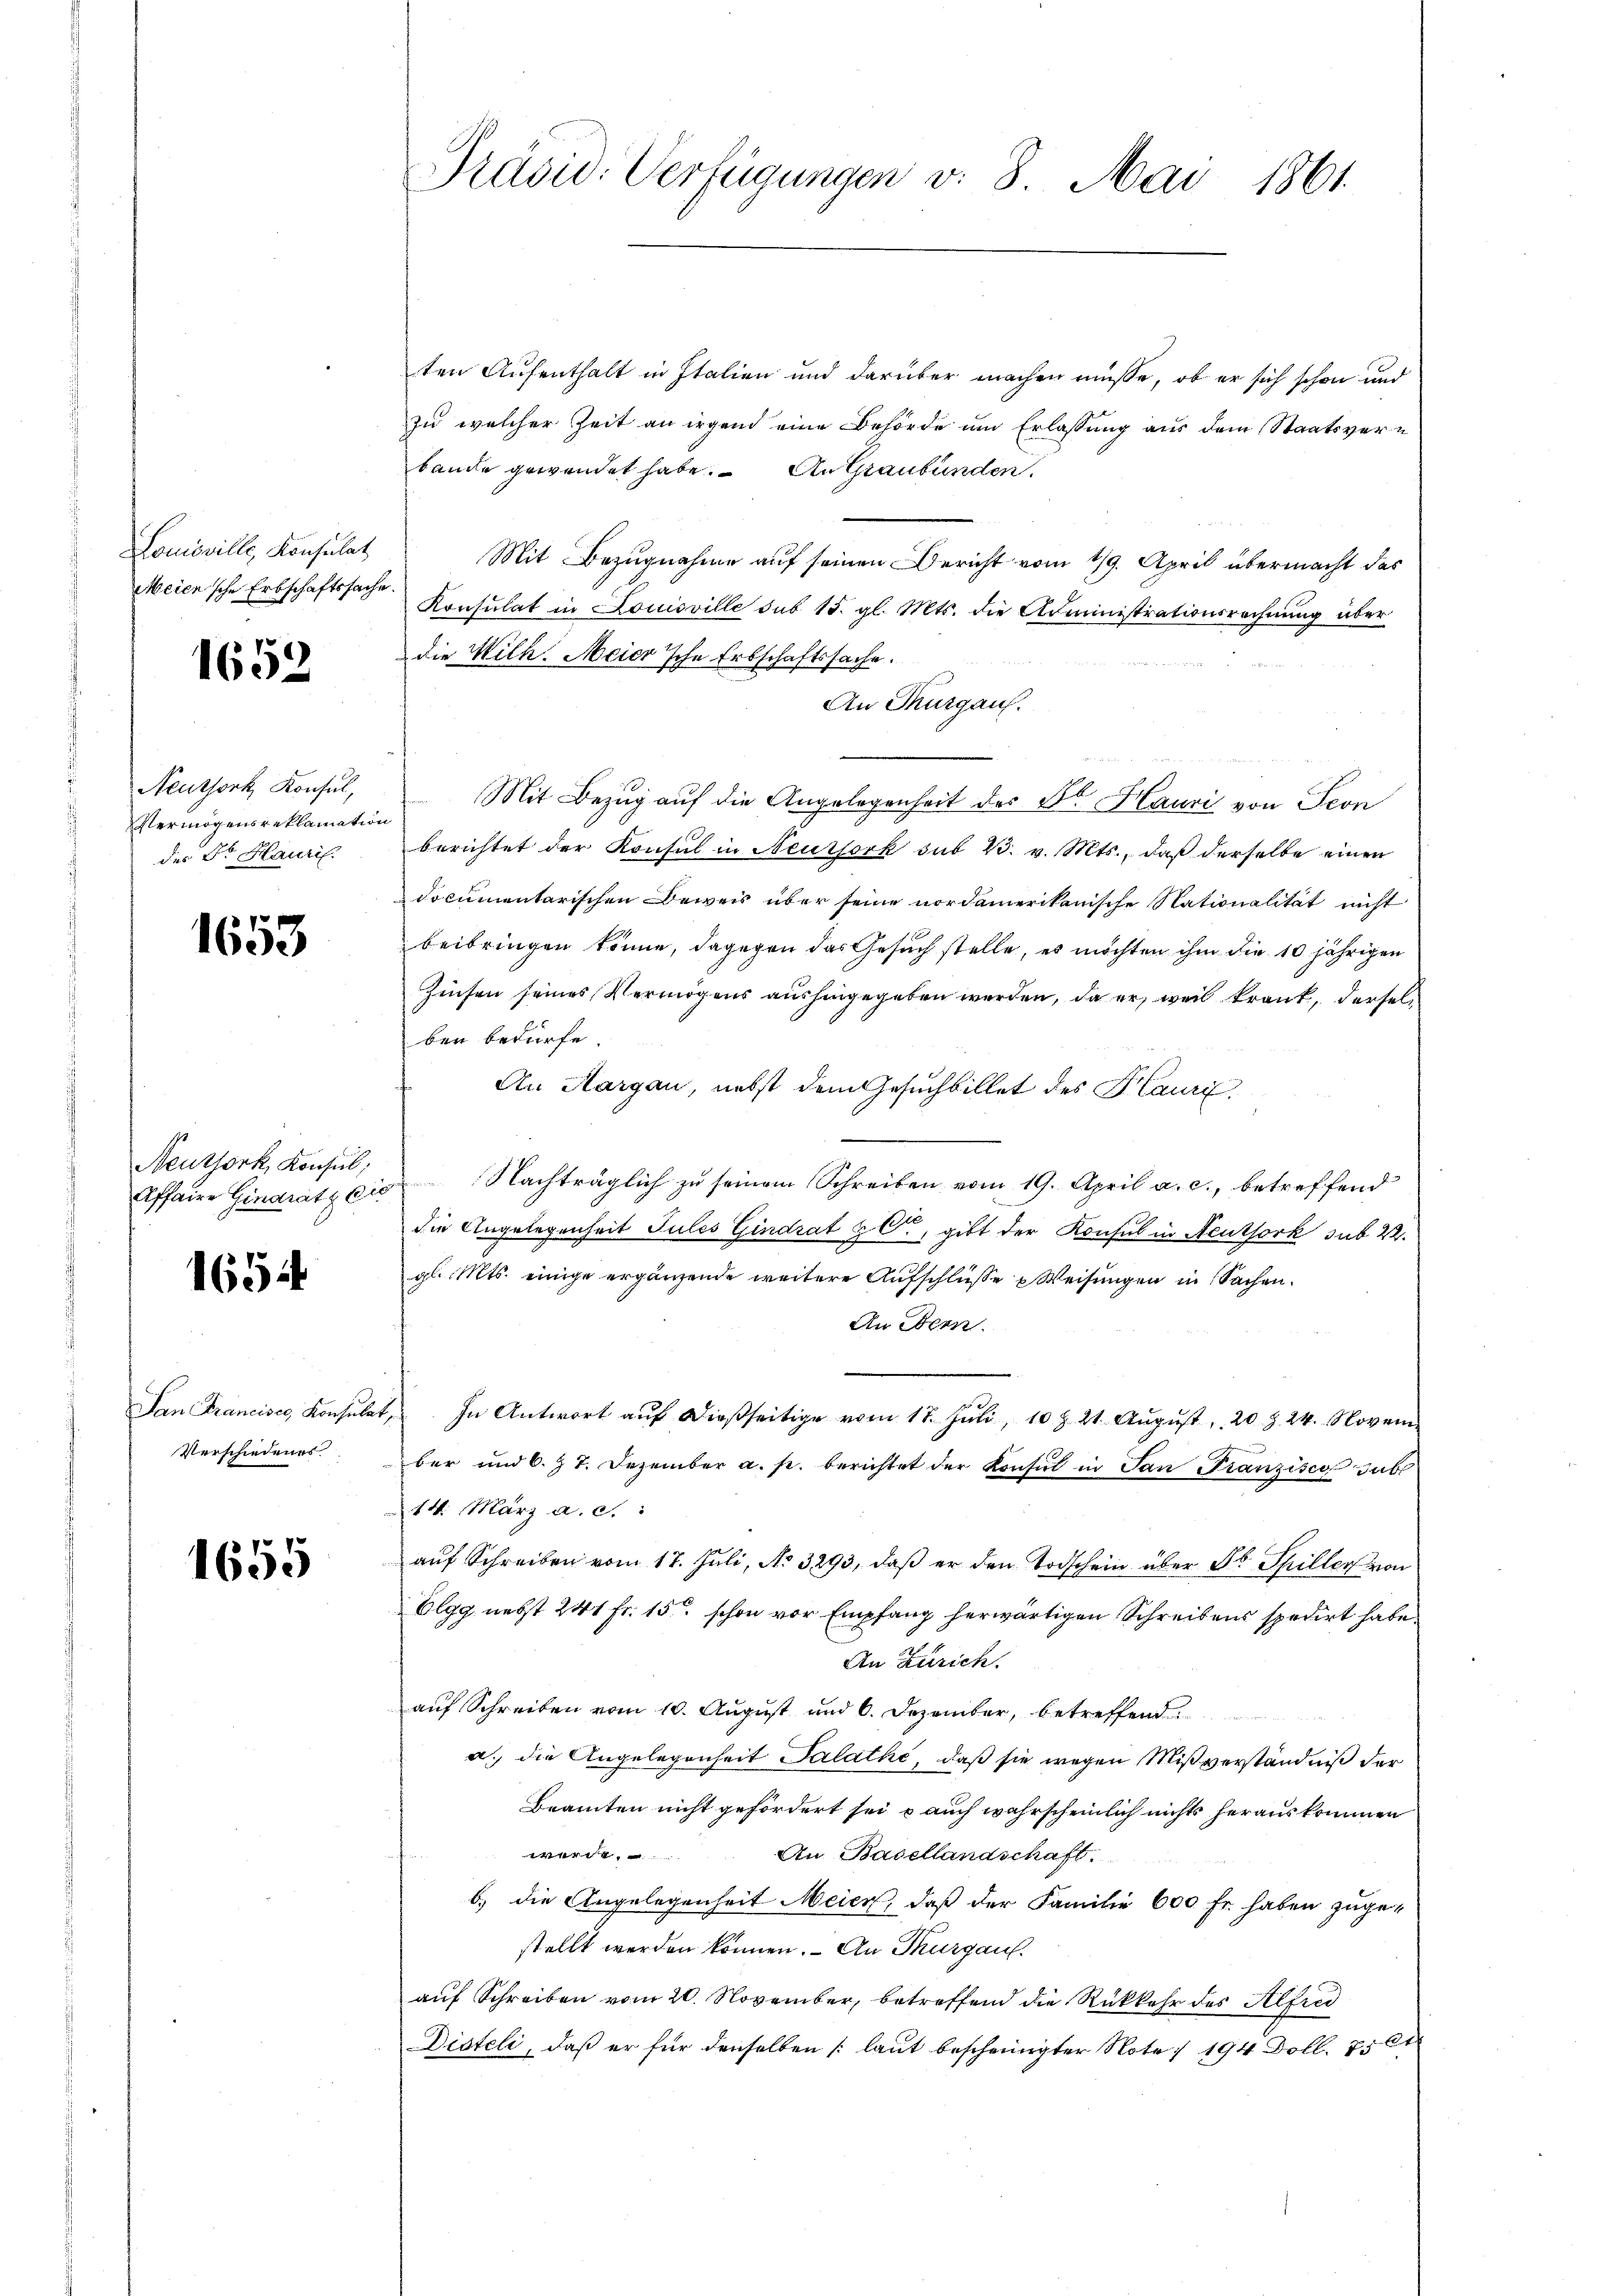
Lomoville, Konsulat
Meien sche Erbschaftssache.

1652

Neuthork, Konsul,
Vermögensreklamation
des Dr. Hauril.

1653

Neuthork, Konsul,

1654

San Franciser, Konsula
Verschiedenes

1655

ten Aufenthalt in Italien und darüber machen müsse, ob er sich schon und
zu welcher Zeit an irgend eine Behörde um Erlassung aus dem Staatsverbande gewendet habe. An Graubünden
Mit Bezugnahme auf seinen Bericht vom 19. April übermacht das
Konsulat in Louisville sub 15. gl. Mts. die Administrationsrechnung über
die Wilh. Meier'sche Erbschaftssache.
An Thurgau.
f
Mit Bezug auf die Angelegenheit des Dr. Hauri von Seon
berichtet der Konsul in Neursork sub 23. v. Mts., daß derselbe einen
documentarischen Beweis über seine nordamerikanische Nationalität nicht
beibringen könne, dagegen das Gesuch stelle, es möchten ihm die 10 jährigen
Zinsen seines Vermögens aushingegeben werden, da er, weil krank, derselben bedürfe.
An Margau, nebst dem Gesuchbillet des Hauri
Affaire Gindratz die Nachträglich zu seinem Schreiben vom 19. April a. c., betreffend
die Angelegenheit Jules Gindrat & Co., gibt der Konsul in Neuthork sub 2.
gl. Mts. einige ergänzende weitere Aufschlüsse Weisungen in Sachen.
An Bern.
 In Antwort aŭf dießseitige vom 17. Jŭli, 10 t 21. Aŭgŭst 20 Z. 24. Novem
ber und 6. 27. Dezember a. p. berichtet der Konsul in San Franzisco sub
14. März a. c.
aŭf Schreiben vom 17. Jŭli, No. 3293, daβ er den Todschein über Fr. Spiller von
Elgg nebst 241 fr. 15. schon vor Empfang herwärtigen Schreibens spedirt habe.
An Zürich.
auf Schreiben vom 10. August und 6. Dezember, betreffend
a. die Angelegenheit Salathe, daß sie wegen Mißverständniß der
Beamten nicht gefördert sei, o auch wahrscheinlich nichts herauskommen
wert,
An Basellandschaft.
b) die Angelegenheit Meien, daß der Familie 600 Fr. haben zugestellt werden können. An Thurgau.
auf Schreiben vom 20. November, betreffend die Rückkehr des Alfred
Disteli, daß er für denselben (laut bescheinigter Note 194 Doll. 756

Präsid. Verfügungen v. 8. Mai 1861.